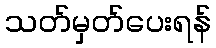
သတ်မှတ်ပေးရန်